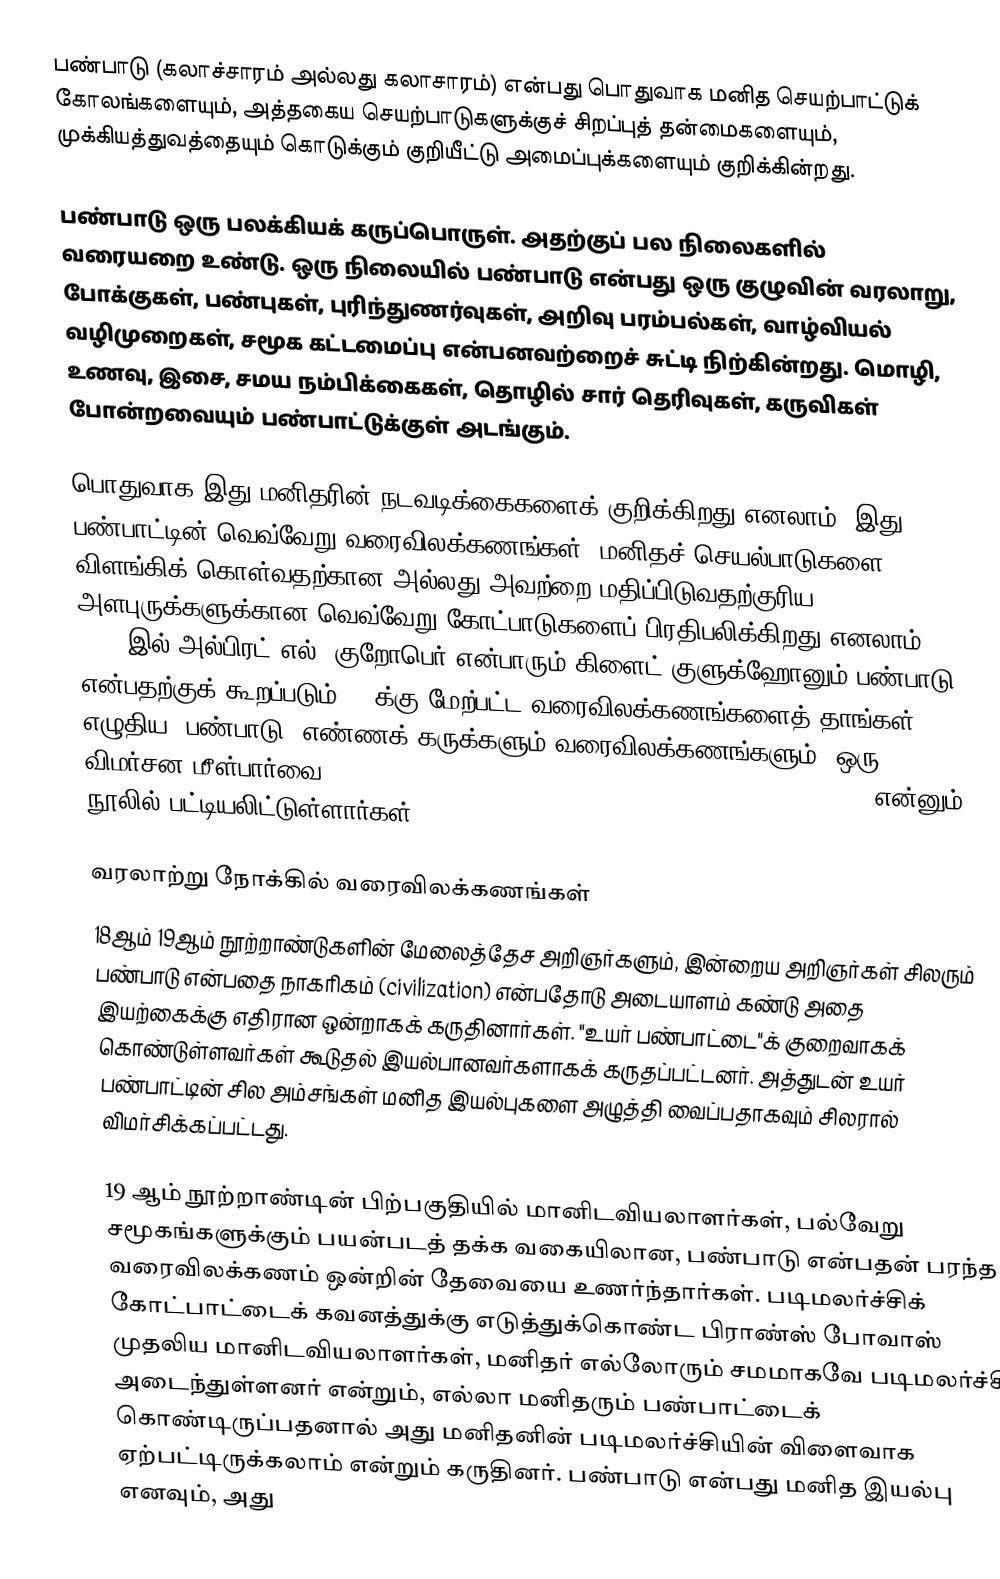
பண்பாடு  (கலாச்சாரம் அல்லது கலாசாரம்) என்பது பொதுவாக மனித செயற்பாட்டுக் கோலங்களையும், அத்தகைய செயற்பாடுகளுக்குச் சிறப்புத் தன்மைகளையும், முக்கியத்துவத்தையும் கொடுக்கும் குறியீட்டு அமைப்புக்களையும் குறிக்கின்றது.

பண்பாடு ஒரு பலக்கியக் கருப்பொருள். அதற்குப் பல நிலைகளில் வரையறை உண்டு. ஒரு நிலையில் பண்பாடு என்பது ஒரு குழுவின் வரலாறு, போக்குகள், பண்புகள், புரிந்துணர்வுகள், அறிவு பரம்பல்கள், வாழ்வியல் வழிமுறைகள், சமூக கட்டமைப்பு என்பனவற்றைச் சுட்டி நிற்கின்றது. மொழி, உணவு, இசை, சமய நம்பிக்கைகள், தொழில் சார் தெரிவுகள், கருவிகள் போன்றவையும் பண்பாட்டுக்குள் அடங்கும்.

பொதுவாக இது மனிதரின் நடவடிக்கைகளைக் குறிக்கிறது எனலாம். இது, பண்பாட்டின் வெவ்வேறு வரைவிலக்கணங்கள், மனிதச் செயல்பாடுகளை விளங்கிக் கொள்வதற்கான அல்லது அவற்றை மதிப்பிடுவதற்குரிய அளபுருக்களுக்கான வெவ்வேறு கோட்பாடுகளைப் பிரதிபலிக்கிறது எனலாம். 1952-இல் அல்பிரட் எல். குறோபெர் என்பாரும் கிளைட் குளுக்ஹோனும் பண்பாடு என்பதற்குக் கூறப்படும் 200க்கு மேற்பட்ட வரைவிலக்கணங்களைத் தாங்கள் எழுதிய 'பண்பாடு: எண்ணக் கருக்களும் வரைவிலக்கணங்களும், ஒரு விமர்சன மீள்பார்வை (Culture: A Critical Review of Concepts and Definitions) என்னும் நூலில் பட்டியலிட்டுள்ளார்கள்.

 வரலாற்று நோக்கில் வரைவிலக்கணங்கள்
18ஆம் 19ஆம் நூற்றாண்டுகளின் மேலைத்தேச அறிஞர்களும், இன்றைய அறிஞர்கள் சிலரும் பண்பாடு என்பதை நாகரிகம் (civilization) என்பதோடு அடையாளம் கண்டு அதை இயற்கைக்கு எதிரான ஒன்றாகக் கருதினார்கள். "உயர் பண்பாட்டை"க் குறைவாகக் கொண்டுள்ளவர்கள் கூடுதல் இயல்பானவர்களாகக் கருதப்பட்டனர். அத்துடன் உயர் பண்பாட்டின் சில அம்சங்கள் மனித இயல்புகளை அழுத்தி வைப்பதாகவும் சிலரால் விமர்சிக்கப்பட்டது.

19 ஆம் நூற்றாண்டின் பிற்பகுதியில் மானிடவியலாளர்கள், பல்வேறு சமூகங்களுக்கும் பயன்படத் தக்க வகையிலான, பண்பாடு என்பதன் பரந்த வரைவிலக்கணம் ஒன்றின் தேவையை உணர்ந்தார்கள். படிமலர்ச்சிக் கோட்பாட்டைக் கவனத்துக்கு எடுத்துக்கொண்ட பிராண்ஸ் போவாஸ் முதலிய மானிடவியலாளர்கள், மனிதர் எல்லோரும் சமமாகவே படிமலர்ச்சி அடைந்துள்ளனர் என்றும், எல்லா மனிதரும் பண்பாட்டைக் கொண்டிருப்பதனால் அது மனிதனின் படிமலர்ச்சியின் விளைவாக ஏற்பட்டிருக்கலாம் என்றும் கருதினர். பண்பாடு என்பது மனித இயல்பு எனவும், அது